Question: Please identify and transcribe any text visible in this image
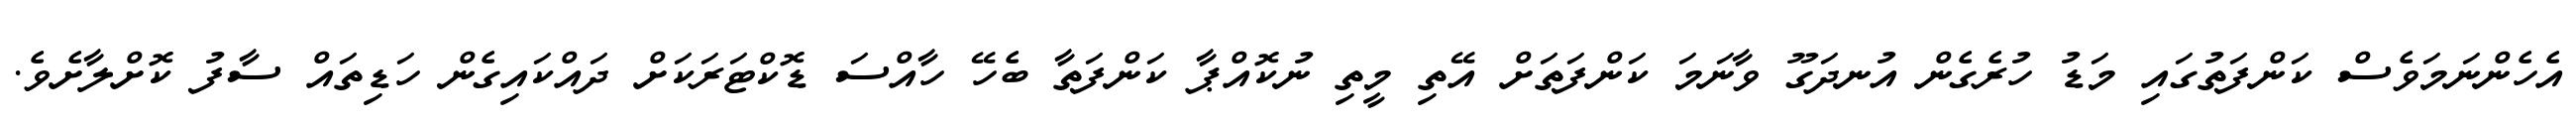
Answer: އެހެންނަމަވެސް ކަންފަތުގައި މަޑު ހުރެގެން އުނދަގޫ ވާނަމަ ކަންފަތަށް އޭތި މީތި ނުކޮއްޕާ ކަންފަތާ ބެހޭ ހާއްސަ ޑޮކްޓަރަކަށް ދައްކައިގެން ހަޑިތައް ސާފު ކޮށްލާށެވެ.